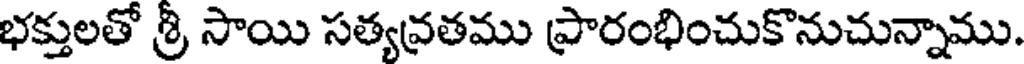
భక్తులతో శ్రీ సాయి సత్యవ్రతము ప్రారంభించుకొనుచున్నాము.